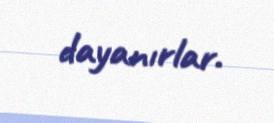
dayanırlar.